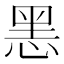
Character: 𢜧